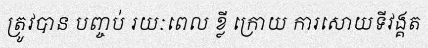
ត្រូវបាន បញ្ចប់ រយៈពេល ខ្លី ក្រោយ ការសោយទីវង្គត